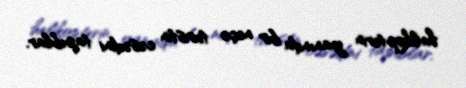
helikopterin yanında bir neçə turistin cəsədini tapıblar.